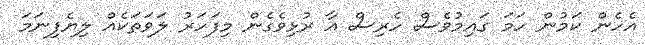
އެހެން ކަމުން ހަމަ ގައިމުވެސް ހެރިސް އާ ރުޅިވެގެން މިފަހަރު ލަވަތަކެއް ލިޔެފިނަމަ